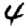
Digit: 4